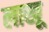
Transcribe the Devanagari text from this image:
लाखू